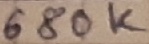
Text: 680K